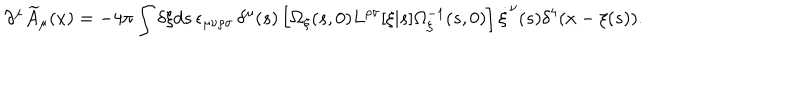
\partial ^ { \mu } \widetilde { A } _ { \mu } ( x ) = - 4 \pi \int \delta \xi d s \, \epsilon _ { \mu \nu \rho \sigma } \, \delta ^ { \mu } ( s ) \left[ \Omega _ { \xi } ( s , 0 ) L ^ { \rho \sigma } [ \xi | s ] \Omega _ { \xi } ^ { - 1 } ( s , 0 ) \right] \dot { \xi } ^ { \nu } ( s ) \delta ^ { 4 } ( x - \xi ( s ) ) .